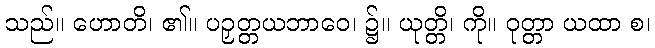
သည်။ ဟောတိ၊ ၏။ ပဉှတ္တယဘာဝေ၊ ၌။ ယုတ္တိ၊ ကို။ ဝုတ္တာ ယထာ စ၊